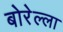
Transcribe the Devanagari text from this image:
बोरेल्ला